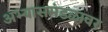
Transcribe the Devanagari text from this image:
अभ्यासमंडळावर